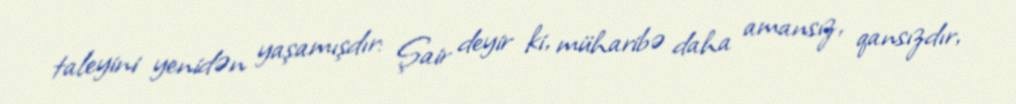
taleyini yenidən yaşamışdır: Şair deyir ki, müharibə daha amansız, qansızdır,